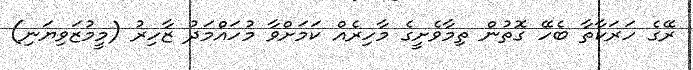
ރޭގެ ހަރަކާތާ ބެހޭ ގޮތުން ތިމާވެށީގެ މާހިރެއް ކަމަށްވާ މުހައްމަދު ޒާހިރު (މީމުޒަވިޔަނި)